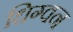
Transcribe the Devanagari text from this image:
धिग्वन